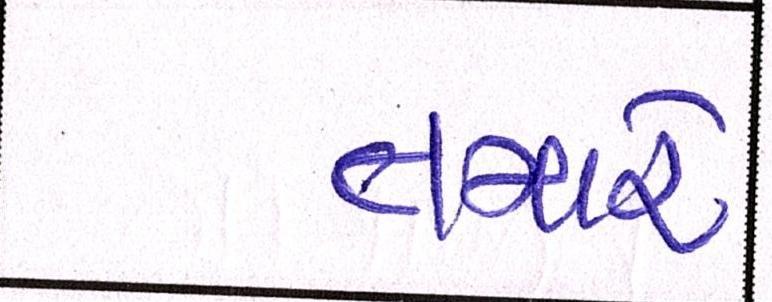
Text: તમારે